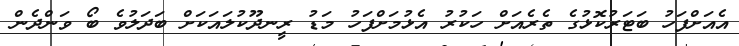
އެއަށްފަހު ބަޓަރުކޮޅުގެ ތެރެއަށް ހަކުރު އެޅުމަށްފަހު މަޑު ރީނދޫކުލައަކަށް ބަދަލުވެ ބޯ ވަންދެން